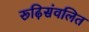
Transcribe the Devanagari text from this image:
रूढ़िसंवलित